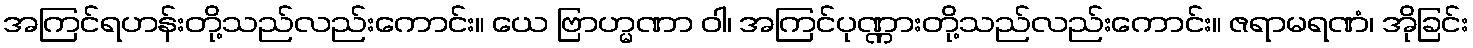
အကြင်ရဟန်းတို့သည်လည်းကောင်း။ ယေ ဗြာဟ္မဏာ ဝါ၊ အကြင်ပုဏ္ဏားတို့သည်လည်းကောင်း။ ဇရာမရဏံ၊ အိုခြင်း